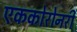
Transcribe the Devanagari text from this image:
एककोरोनरी